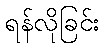
ရန်လိုခြင်း